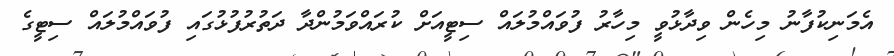
އެމަނިކުފާނު މިހެން ވިދާޅުވީ މިހާރު ފުވައްމުލައް ސިޓީއަށް ކުރައްވަމުންދާ ދަތުރުފުޅުގައި ފުވައްމުލައް ސިޓީގެ